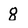
Character: 8